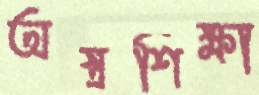
অস্ত্রশিক্ষা